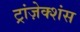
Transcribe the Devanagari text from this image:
ट्रांज़ेक्शंस